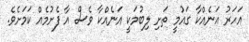
އަހަރު އަނެއްކާ ގައުމީ ތަށި ލިބުމަކީ އަނެއްކާ ވެސް އާ ފެށުމެއް ކަމަށެވެ.